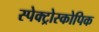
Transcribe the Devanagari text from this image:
स्पेक्ट्रोस्कोपिक